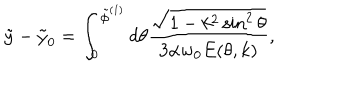
LaTeX: \tilde { y } - \tilde { y } _ { 0 } = \int _ { 0 } ^ { \tilde { \phi } ^ { ( 1 ) } } d \theta { \frac { \sqrt { 1 - k ^ { 2 } \sin ^ { 2 } \theta } } { 3 \alpha w _ { 0 } E ( \theta , k ) } } ,